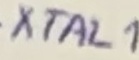
Text: XTAL1